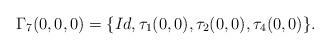
LaTeX: \begin{align*}\Gamma_{7}(0,0,0) = \{ Id,\tau_{1}(0,0),\tau_{2}(0,0),\tau_{4}(0,0)\}.\end{align*}